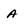
Character: a